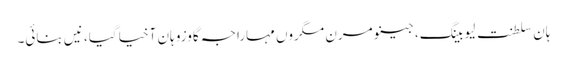
ہان سلطنت لیو بینگ، جینو مرن مگروں مہاراجہ گاوزو ہان آخیا گیا، نیں بنائی۔